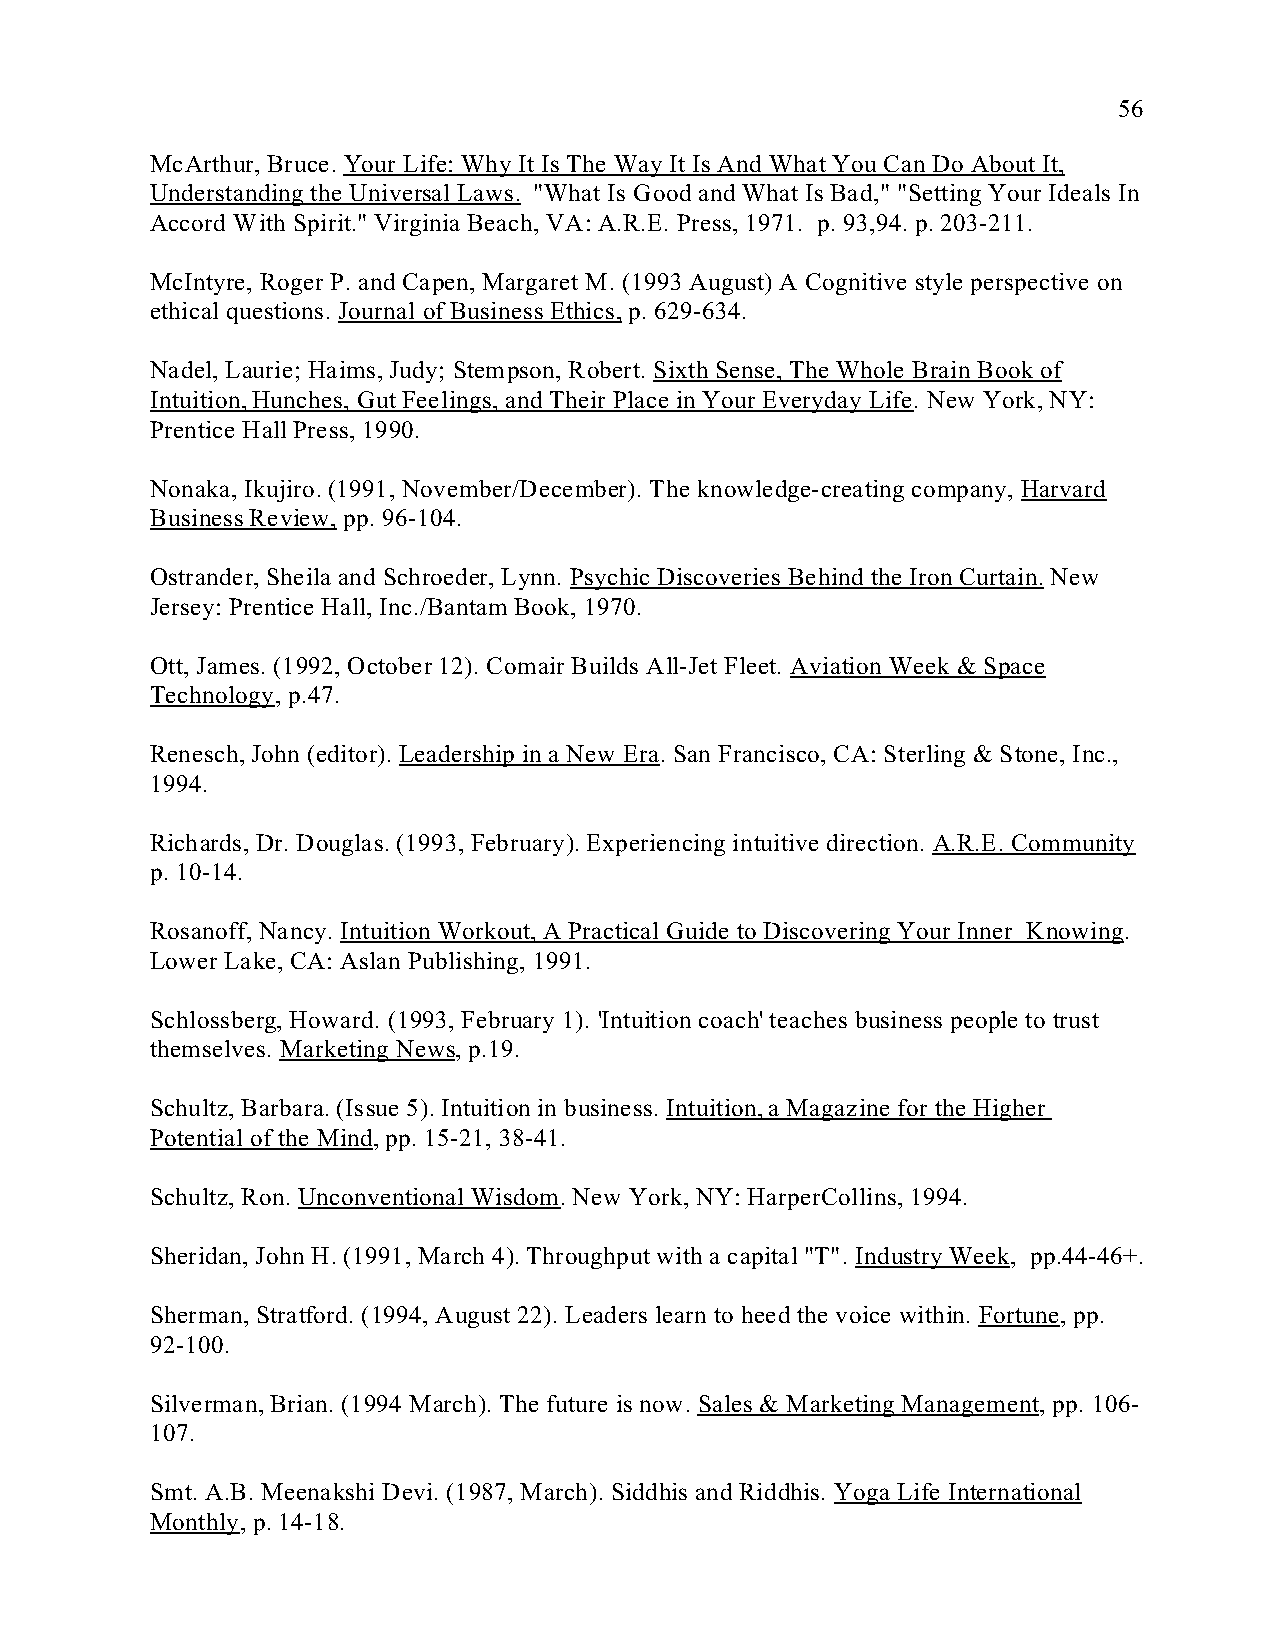
56
 McArthur, Bruce. Your Life: Why It Is The Way It Is And What You Can Do About It,
 Understanding the Universal Laws. "What Is Good and What Is Bad," "Setting Your Ideals In
 Accord With Spirit." Virginia Beach, VA: A.R.E. Press, 1971. p. 93,94. p. 203-211.
 McIntyre, Roger P. and Capen, Margaret M. (1993 August) A Cognitive style perspective on
 ethical questions. Journal of Business Ethics, p. 629-634.
 Nadel, Laurie; Haims, Judy; Stempson, Robert. Sixth Sense, The Whole Brain Book of
 Intuition, Hunches, Gut Feelings, and Their Place in Your Everyday Life. New York, NY:
 Prentice Hall Press, 1990.
 Nonaka, Ikujiro. (1991, November/December). The knowledge-creating company, Harvard
 Business Review, pp. 96-104.
 Ostrander, Sheila and Schroeder, Lynn. Psychic Discoveries Behind the Iron Curtain. New
 Jersey: Prentice Hall, Inc./Bantam Book, 1970.
 Ott, James. (1992, October 12). Comair Builds All-Jet Fleet. Aviation Week & Space
 Technology, p.47.
 Renesch, John (editor). Leadership in a New Era. San Francisco, CA: Sterling & Stone, Inc.,
 1994.
 Richards, Dr. Douglas. (1993, February). Experiencing intuitive direction. A.R.E. Community
 p. 10-14.
 Rosanoff, Nancy. Intuition Workout, A Practical Guide to Discovering Your Inner Knowing.
 Lower Lake, CA: Aslan Publishing, 1991.
 Schlossberg, Howard. (1993, February 1). 'Intuition coach' teaches business people to trust
 themselves. Marketing News, p.19.
 Schultz, Barbara. (Issue 5). Intuition in business. Intuition, a Magazine for the Higher
 Potential of the Mind, pp. 15-21, 38-41.
 Schultz, Ron. Unconventional Wisdom. New York, NY: HarperCollins, 1994.
 Sheridan, John H. (1991, March 4). Throughput with a capital "T". Industry Week, pp.44-46+.
 Sherman, Stratford. (1994, August 22). Leaders learn to heed the voice within. Fortune, pp.
 92-100.
 Silverman, Brian. (1994 March). The future is now. Sales & Marketing Management, pp. 106-
 107.
 Smt. A.B. Meenakshi Devi. (1987, March). Siddhis and Riddhis. Yoga Life International
 Monthly, p. 14-18.